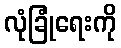
လုံခြုံရေးကို